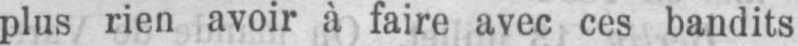
plus rien avoir à faire avec ces bandits